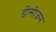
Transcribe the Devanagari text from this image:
डीसीजन